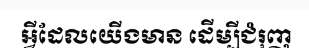
អ្វីដែលយើងមាន ដើម្បីជំរុញ